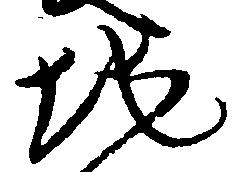
地